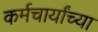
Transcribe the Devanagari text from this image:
कर्मचार्यांच्या